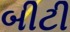
બીટી